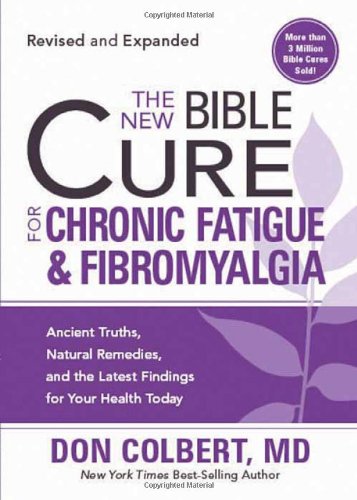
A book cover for The New Bible Cure for Chronic Fatigue and Fibromyalgia: Ancient Truths, Natural Remedies, and the Latest Findings for Your Health Today (New Bible Cure (Siloam)); Don Colbert M.D; Health, Fitness & Dieting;